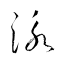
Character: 泳